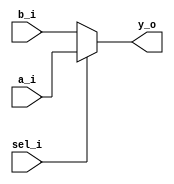
// A simple mux

module mux(
  input   wire [7:0]    a_i,
  input   wire [7:0]    b_i,
  input   wire          sel_i,
  output  wire [7:0]    y_o
);


  assign y_o = sel_i ? a_i : b_i;

endmodule